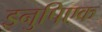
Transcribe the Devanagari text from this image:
इनुपिएक